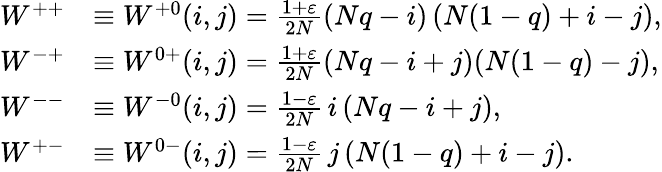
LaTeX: \begin{array}{rl}{W^{++}}&{\equiv W^{+0}(i,j)=\frac{1+\varepsilon}{2N}(Nq-i)\left(N(1-q)+i-j\right),}\\ {W^{-+}}&{\equiv W^{0+}(i,j)=\frac{1+\varepsilon}{2N}(Nq-i+j)(N(1-q)-j),}\\ {W^{--}}&{\equiv W^{-0}(i,j)=\frac{1-\varepsilon}{2N}\thinspace i\thinspace(Nq-i+j),}\\ {W^{+-}}&{\equiv W^{0-}(i,j)=\frac{1-\varepsilon}{2N}\thinspace j\thinspace(N(1-q)+i-j).}\end{array}